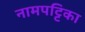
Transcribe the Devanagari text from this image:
नामपट्टिका